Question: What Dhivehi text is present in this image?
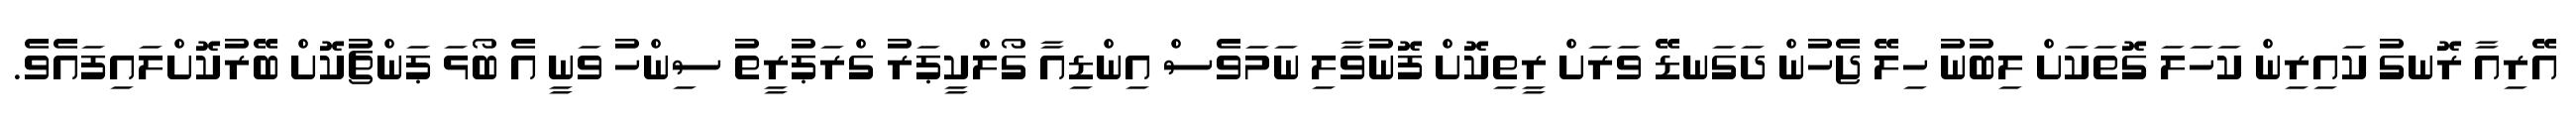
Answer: އޭރިއާ ރޮނގު ކައިރިން ކަހަލަ ގޮތަކަށް ލިބުނު ހިލޭ ޖެހުން ދަގަނޑޭ ވަރަށް ރީތިކޮށް ފޮނުވާލި ނަމަވެސް އިންޑިއާ ގޯލްކީޕަރު ގްރަޕުރީތު ސިންހު ވަނީ އެ ބޯޅަ ޕަންޗުކޮށް ބޭރުކޮށްލައިފައެވެ.